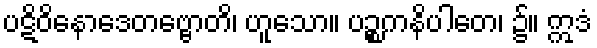
ပဋိဝိနောဒေတဗ္ဗောတိ၊ ဟူသော။ ပဉ္စကနိပါတေ၊ ၌။ ဣဒံ